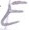
Text: E